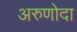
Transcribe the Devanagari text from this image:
अरुणोदा